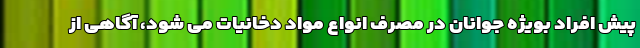
پیش افراد بویژه جوانان در مصرف انواع مواد دخانیات می شود، آگاهی از